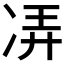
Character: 𫥌